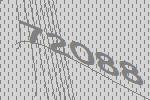
72088